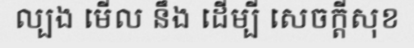
ល្បង មើល នឹង ដើម្បី សេចក្តីសុខ